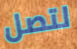
لتصل